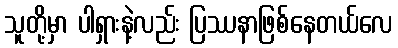
သူတို့မှာ ပါရှားနဲ့လည်း ပြဿနာဖြစ်နေတယ်လေ